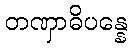
တဏှာဓိပန္နေ